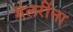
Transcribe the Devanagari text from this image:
गॅलरींना